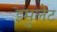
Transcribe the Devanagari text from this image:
इमुलेट